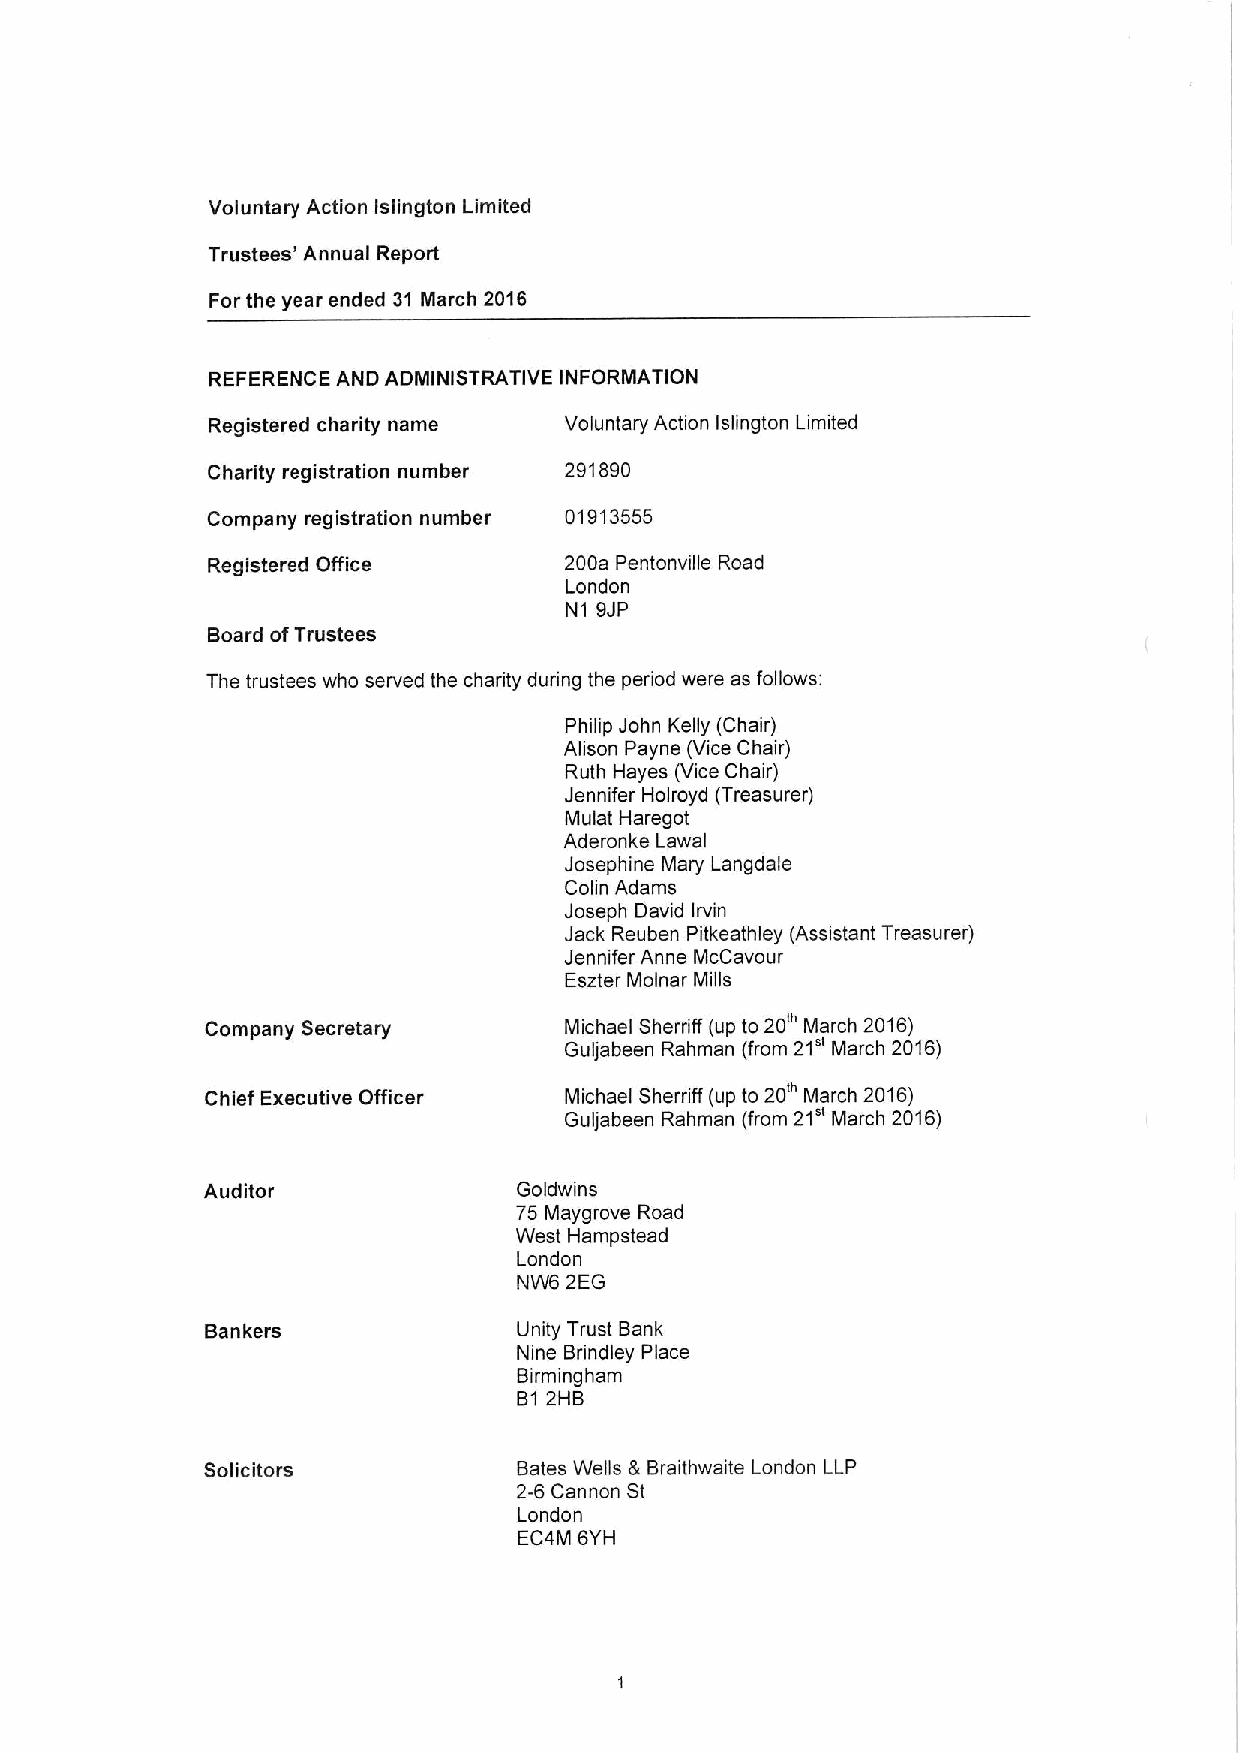
Voluntary Action Islington Limited
 Trustees' Annual Report
 For the year ended 31 March 2016
 REFERENCE AND ADMINISTRATIVE INFORMATION
 Registered charity name Voluntary Action islington Limited
 Charity registration number 291890
 Company registration number 01913555
 Registered Office      200a Pentonville Road
 London
 N1 9JP
 Board ofTrustees
 The trustees who served the charity during the period were as follows:
 Philip John Kelly (Chair)
 Alison Payne (Vice Chair)
 Ruth Hayes (Vice Chair)
 Jennifer Holroyd (Treasurer)
 Mulat Haregot
 Aderonke Lawal
 Josephine Mary Langdale
 Colin Adams
 Joseph David Irvin
 Jack Reuben Pitkeathley (Assistant Treasurer)
 Jennifer Anne McCavour
 Eszter Molnar Mills
 Company Secretary      Michael Sherriff (up to 20' March 2016)
 21"
 Guljabeen Rahman (from March 2016)
 Chief Executive Officer Michael Sherriff (up to 20' March 2016)
 Guljabeen Rahman (from 21" March 2016)
 Auditor             Goldwins
 75 Maygrove Road
 West Hampstead
 London
 NW6 2EG
 Bankers             Unity Trust Bank
 Nine Brindley Place
 Birmingham
 B12HB
 Solicitors          Bates Wells &Braithwaite London LLP
 2-6 Cannon St
 London
 EC4M 6YH